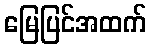
မြေပြင်အထက်